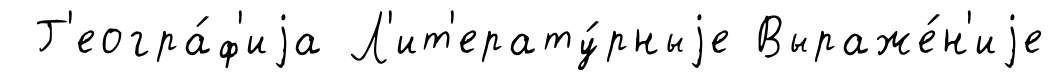
Г'еогра́ф'иjа Л'ит'ерату́рныjе Выраже́н'иjе